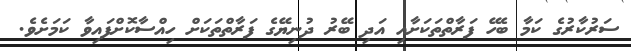
ސަރުކާރުގެ ކަމާ ބެހޭ ފަރާތްތަކަށާއި އަދި ބޭރު ދުނިޔޭގެ ފަރާތްތަކަށް ހިއްސާކޮށްފައިވާ ކަމަށެވެ.